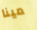
مينا